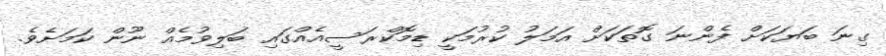
ގިނަ ބަޔަކަށް ފެންނަ ގޮތަކަށް އަމަލު ކުރުމަކީ ޑިމޮކްރަސީއެއްގައި ބަލިވުމެއް ނޫން ކަމަށެވެ.